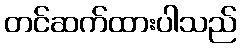
တင်ဆက်ထားပါသည်